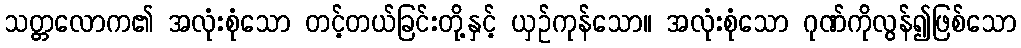
သတ္တလောက၏ အလုံးစုံသော တင့်တယ်ခြင်းတို့နှင့် ယှဉ်ကုန်သော။ အလုံးစုံသော ဂုဏ်ကိုလွန်၍ဖြစ်သော